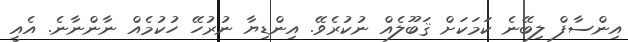
އިންސާފް ލިބޭނެ ކަމަކަށް ޤަބޫލެއް ނުކުރެވޭ. އިންޑިޔާ ނުރުހޭ ހުކުމެއް ނާންނާނެ. އެއީ